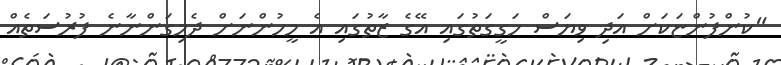
"ކުންފުންޏަކަށް އަދި ވިޔަސް ހަގީގަތުގައި އޭގެ ޒާތުގައި އެ މީހުންނަށް ދެމިގަންނާނެ ފުރުސަތެއް